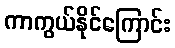
ကာကွယ်နိုင်ကြောင်း